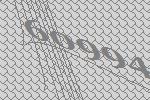
60994